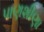
પાણશીણા